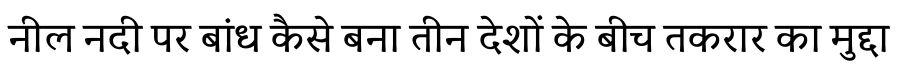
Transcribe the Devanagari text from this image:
नील नदी पर बांध कैसे बना तीन देशों के बीच तकरार का मुद्दा